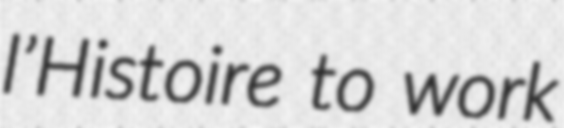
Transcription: l’Histoire to work